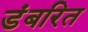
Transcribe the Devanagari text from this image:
डंबरित